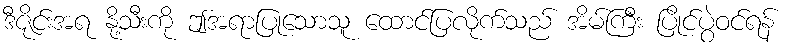
ဒီဇိုင်းအရ နို့သီးကို ဤအရာပြုသောသူ ထောင်ပြလိုက်သည် အိမ်ကြီး ပြိုင်ပွဲဝင်ရန်